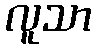
လူသာ